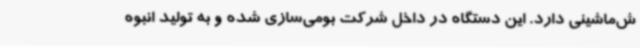
ش‌ماشینی دارد. این دستگاه در داخل شرکت بومی‌سازی شده و به تولید انبوه